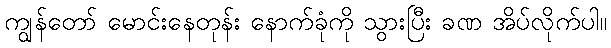
ကျွန်တော် မောင်းနေတုန်း နောက်ခုံကို သွားပြီး ခဏ အိပ်လိုက်ပါ။